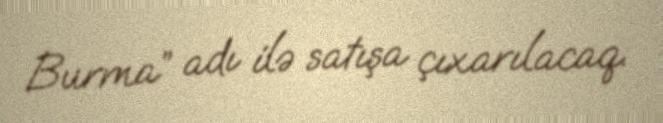
Burma” adı ilə satışa çıxarılacaq.